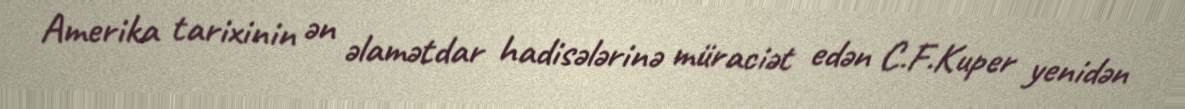
Amerika tarixinin ən əlamətdar hadisələrinə müraciət edən C.F.Kuper yenidən